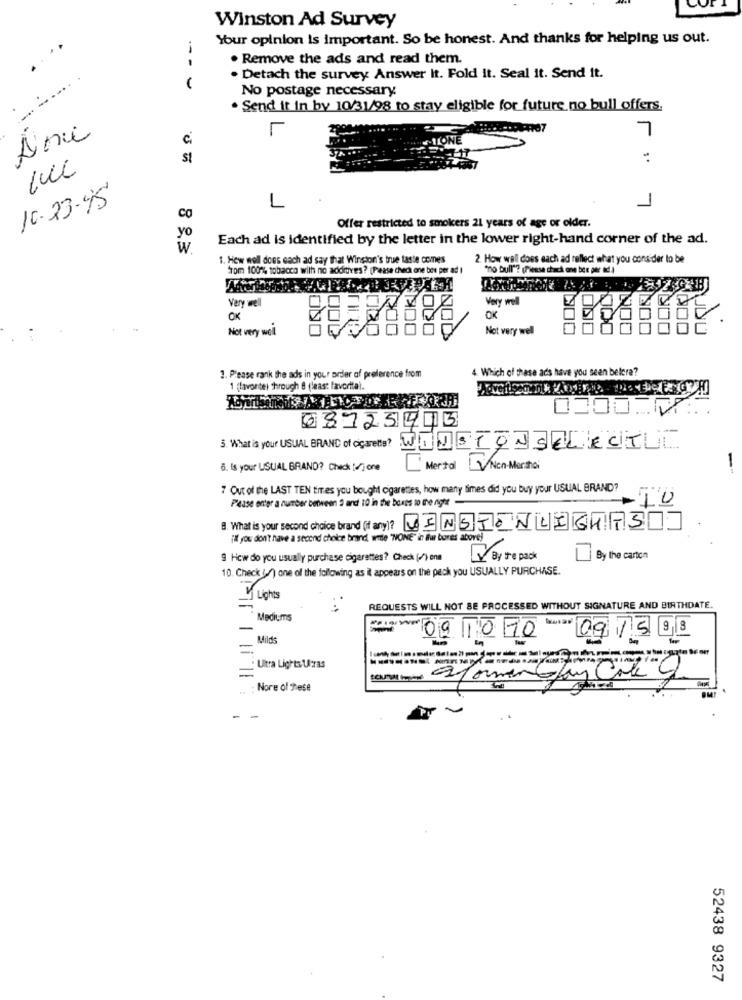
Winston Ad Survey
Your opinion is important. So be honest. And thanks for helping us out.
. Remove the ads and read them.
- -
. Detach the survey Answer It. Fold It. Seal it. Send it.
No postage necessary.
-
. Send it in by 10/31/98 to stay eligible for future no bull offers.
7
c
1.
1
10-23-45
L
Offer restricted to smokers 21 years of age or older.
yo
Each ad is identified by the letter in the lower right-hand corner of the ad.
W
1. How well does each ad say that Winston's true taste comes
2. How well does each ad reflect what you consider lo be
from 100% tobacco with no additives? (Please checi one bos per ad I
"no bull"? (Piense chuck one bee per ad J
Very well
Very well
OK
OK
Not very well
Not very well
0
1. Please rank the ads in your order of preference from
4. Which of these ads have you seen belera?
1 (lavonte) through & (least favorita).
0300 M ...
68723913
5. What à your USUAL BRAND of ogarets? WHOSTOJSELECT
6. Is your USUAL BRAND? Check ()one
Mertal VNen-Merito
-
7 Out of the LAST TEN tres you bought cigarettes, how many times did you buy your USUAL BRAND?
Please enter a number between 9 and 10 in the boxes to the night
10
A. What is your second choice brand (if any)? VINSTENLICHFS
i'll you don't have a second choice brandl, witle "NONE" in Ihur bores aborej
9 How do you usually purchase cigarettes? Check (/) enn
V By the pack
By the carton
10. Check (-) one of the following as it appears on the peck you USUALLY PURCHASE.
4 Lights
-
REQUESTS WILL NOT BE PROCESSED WITHOUT SIGNATURE AND BIRTHDATE.
Mediums
-
Mild
091090
Nova 09 15 98
------
=
Ultra Lights Ultras
Nore of Pese
- -
52438 9327